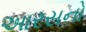
આરસનો